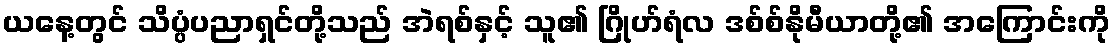
ယနေ့တွင် သိပ္ပံပညာရှင်တို့သည် အဲရစ်နှင့် သူ၏ ဂြိုဟ်ရံလ ဒစ်စ်နိုမီယာတို့၏ အကြောင်းကို